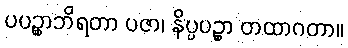
ပပဉ္စာဘိရတာ ပဇာ၊ နိပ္ပပဉ္စာ တထာဂတာ။